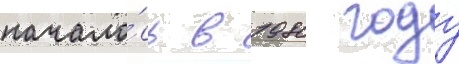
начало́сь в 1980 году